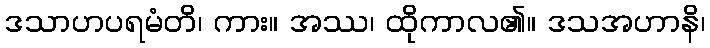
ဒသာဟပရမံတိ၊ ကား။ အဿ၊ ထိုကာလ၏။ ဒသအဟာနိ၊